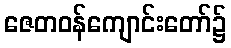
ဇေတဝန်ကျောင်းတော်၌